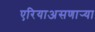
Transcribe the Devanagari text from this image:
एरियाअसणार्‍या